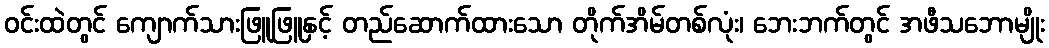
ဝင်းထဲတွင် ကျောက်သားဖြူဖြူနှင့် တည်ဆောက်ထားသော တိုက်အိမ်တစ်လုံး၊ ဘေးဘက်တွင် အဖီသဘောမျိုး